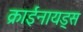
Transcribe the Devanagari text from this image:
क्राईनायड्स